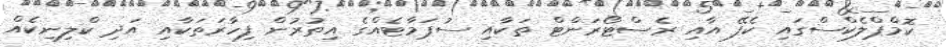
ކޮމްޕްލެކްސްގައި ކެފޭ އާއި ރެސްޓޯރަންޓް ތަކާއި ސުޕަމާޓެއްގެ އިތުރުން ފިހާރަތަކާއި އަދި ކްލިނިކެއް